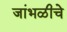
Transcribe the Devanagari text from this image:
जांभळीचे